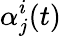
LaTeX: \alpha_{j}^{i}(t)